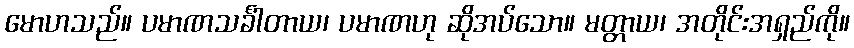
မောဟသည်။ ပမာဏသင်္ခါတာယ၊ ပမာဏဟု ဆိုအပ်သော။ မတ္တာယ၊ အတိုင်းအရှည်ကို။